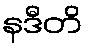
နဒီတိ